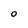
Character: O